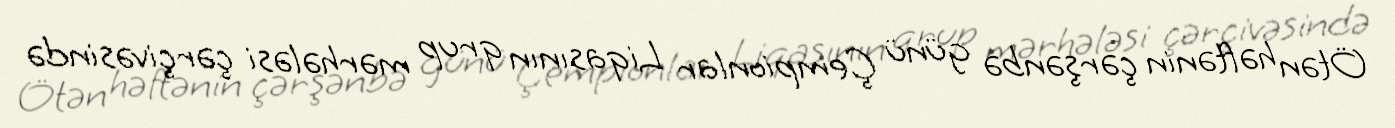
Ötən həftənin çərşənbə günü Çempionlar Liqasının qrup mərhələsi çərçivəsində